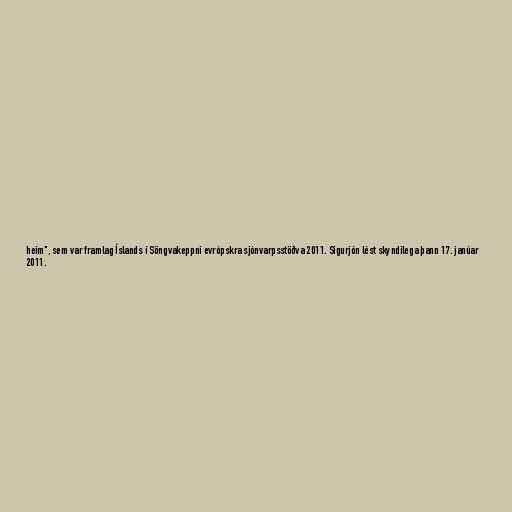
heim", sem var framlag Íslands í Söngvakeppni evrópskra sjónvarpsstöðva 2011. Sigurjón lést skyndilega þann 17. janúar
2011.